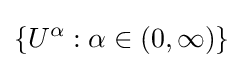
\{U^{\alpha }:\alpha \in (0,\infty )\}